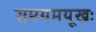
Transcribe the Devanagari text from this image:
समयमयूखः